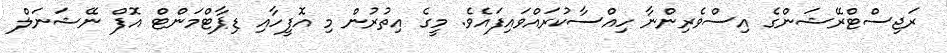
ރަޖިސްޓްރޭޝަންގެ އިސްވެރިންނާ ހިއްސާކުރައްވައިފައެވެ. މީގެ އިތުރުން މި އޮފީހާއި ޑިޕާޓްމަންޓް އޮފް ނޭޝަނަލް